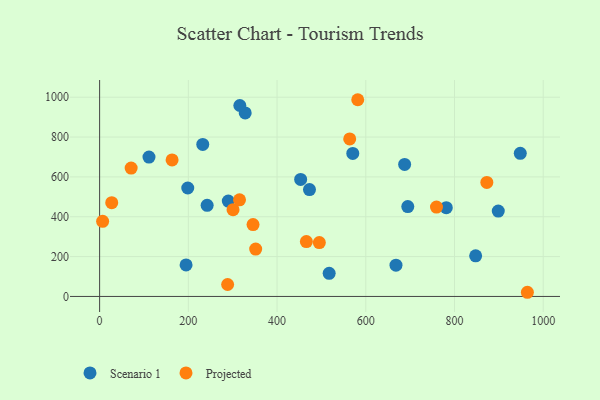
{"axis": {"x": "Investment", "y": "Exam Score"}, "legend": ["Projected", "Scenario 1"], "data": [{"x": "570.7", "y": 717.9, "type": "Scenario 1"}, {"x": "694.7", "y": 451.2, "type": "Scenario 1"}, {"x": "668.1", "y": 157.1, "type": "Scenario 1"}, {"x": "111.3", "y": 699.3, "type": "Scenario 1"}, {"x": "194.9", "y": 158.4, "type": "Scenario 1"}, {"x": "898.7", "y": 428.4, "type": "Scenario 1"}, {"x": "781.5", "y": 445.6, "type": "Scenario 1"}, {"x": "517.5", "y": 116.1, "type": "Scenario 1"}, {"x": "473.1", "y": 536.4, "type": "Scenario 1"}, {"x": "847.7", "y": 204.1, "type": "Scenario 1"}, {"x": "198.7", "y": 544.3, "type": "Scenario 1"}, {"x": "687.6", "y": 662.6, "type": "Scenario 1"}, {"x": "328.2", "y": 921.1, "type": "Scenario 1"}, {"x": "242.4", "y": 457.2, "type": "Scenario 1"}, {"x": "453.2", "y": 587.2, "type": "Scenario 1"}, {"x": "316.1", "y": 958.3, "type": "Scenario 1"}, {"x": "290.1", "y": 478.7, "type": "Scenario 1"}, {"x": "948.3", "y": 718.3, "type": "Scenario 1"}, {"x": "232.5", "y": 762.8, "type": "Scenario 1"}, {"x": "563.8", "y": 790.7, "type": "Projected"}, {"x": "581.9", "y": 987.4, "type": "Projected"}, {"x": "27.3", "y": 470.5, "type": "Projected"}, {"x": "345.9", "y": 360.6, "type": "Projected"}, {"x": "872.9", "y": 572.5, "type": "Projected"}, {"x": "466.1", "y": 275.4, "type": "Projected"}, {"x": "163.4", "y": 685.3, "type": "Projected"}, {"x": "6.8", "y": 376.9, "type": "Projected"}, {"x": "759.4", "y": 448.8, "type": "Projected"}, {"x": "495.3", "y": 270.6, "type": "Projected"}, {"x": "351.8", "y": 237.6, "type": "Projected"}, {"x": "300.8", "y": 435.4, "type": "Projected"}, {"x": "315.4", "y": 485.2, "type": "Projected"}, {"x": "288.6", "y": 60.0, "type": "Projected"}, {"x": "71.1", "y": 644.2, "type": "Projected"}, {"x": "964.3", "y": 20.9, "type": "Projected"}]}